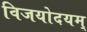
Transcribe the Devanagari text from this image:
विजयोदयम्